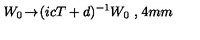
W _ { 0 } \! \rightarrow \! ( i c T + d ) ^ { - 1 } W _ { 0 } \ , \hspace { 1 4 m m }